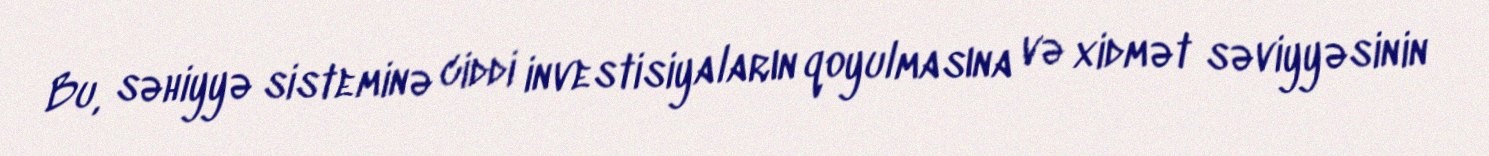
Bu, səhiyyə sisteminə ciddi investisiyaların qoyulmasına və xidmət səviyyəsinin